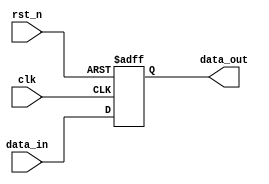
module behavioral_block (
    input wire clk,          // Clock input
    input wire rst_n,       // Active low reset
    input wire [3:0] data_in, // 4-bit input data
    output reg [3:0] data_out // 4-bit output data
);

// Sequential logic block
always @(posedge clk or negedge rst_n) begin
    if (!rst_n) begin
        // Initialization logic: reset output to known value
        data_out <= 4'b0000; // Reset output to 0
    end else begin
        // State updates: update output based on input
        data_out <= data_in; // Store input data into output
    end
end

endmodule